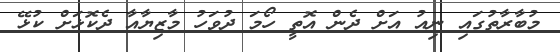
މުބާރާތުގައި ނިއު އަށް ދެން އޮތީ ހޯމަ ދުވަހު މާޒިޔާއާ ދެކޮޅަށް ކުޅޭ